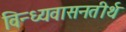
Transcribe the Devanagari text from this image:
विन्ध्यवासनतीर्थ